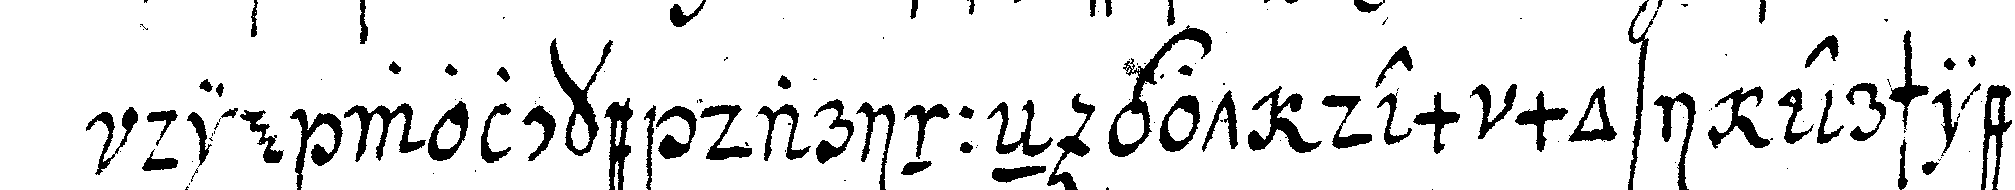
die wolcke darinneN got dem mosi erschieneN